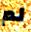
لم